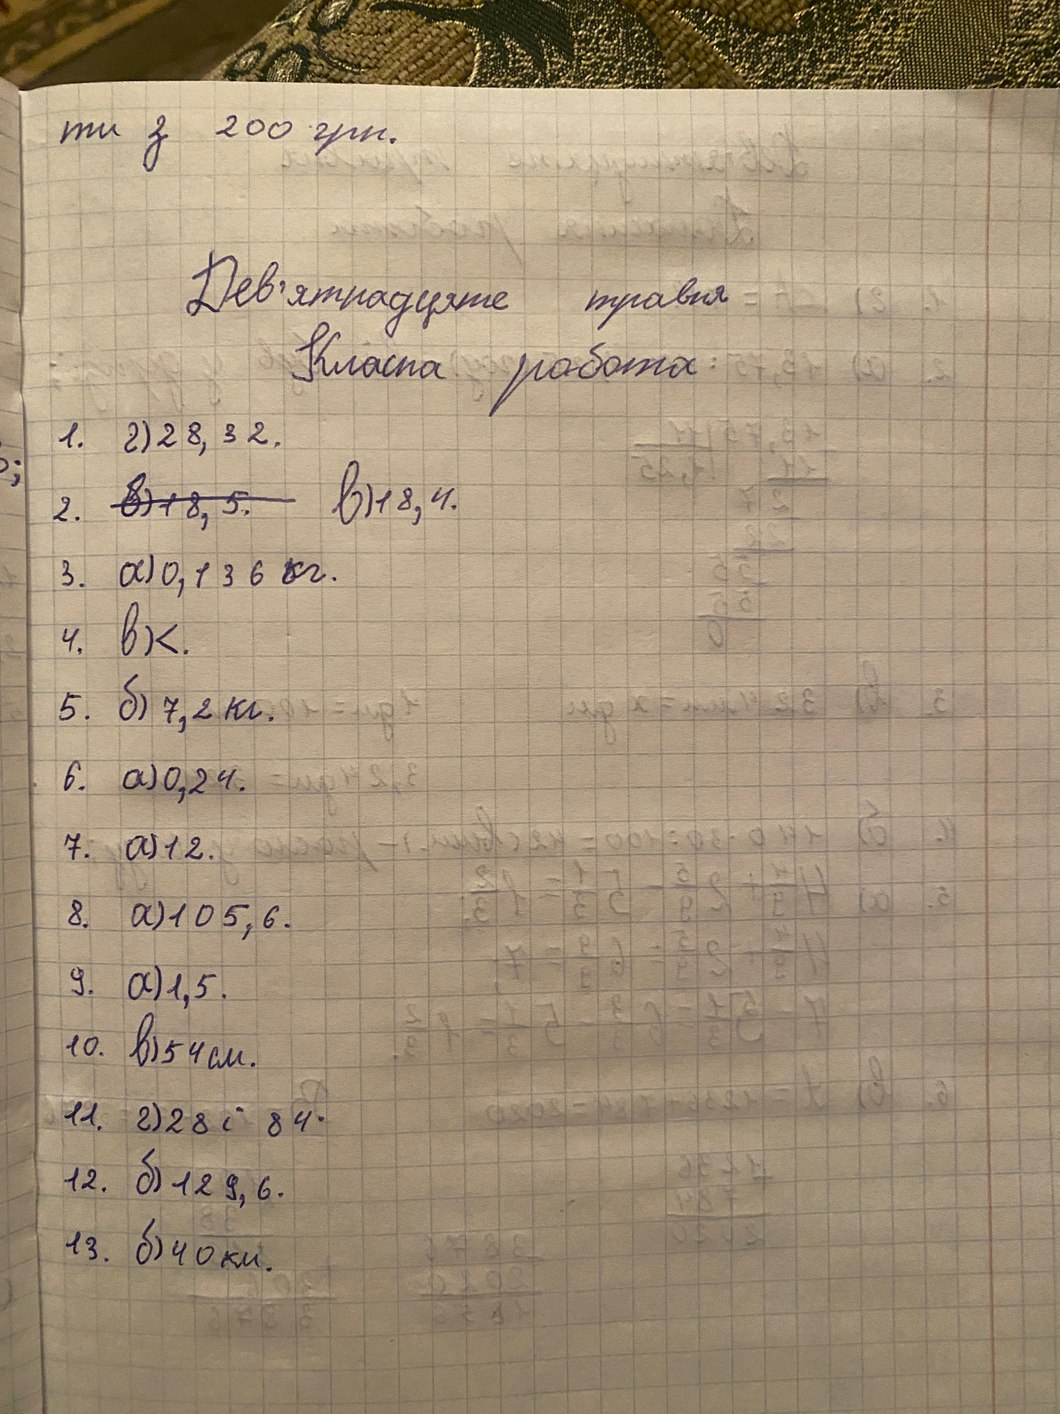
ти з 200 грн.
Дев'ятнадцяте травня
Класна робота
1. 2) 28, 32.
2. в)~~18, 5~~ в) 18, 4.
3. a) 0,136 кг.
4. в) <.
5. б) 7,2 кг.
6. a) 0,24.
7. a) 12.
8. a) 105, 6.
9. a) 1,5.
10. в) 54 см.
11. г) 28 i 84⋅
12. б) 129,6.
13. б) 40 км.